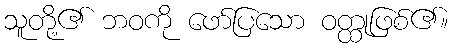
သူတို့၏ ဘဝကို ဖော်ပြသော ဝတ္ထုဖြစ်၏။